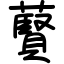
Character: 藖